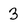
Character: 3